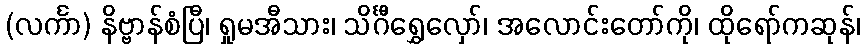
(လင်္ကာ) နိဗ္ဗာန်စံပြီ၊ ရှုမအီသား၊ သိင်္ဂီရွှေလှော်၊ အလောင်းတော်ကို၊ ထိုရော်ကဆုန်၊